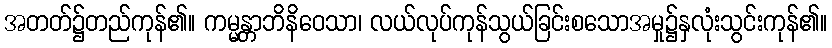
အတတ်၌တည်ကုန်၏။ ကမ္မန္တာဘိနိဝေသာ၊ လယ်လုပ်ကုန်သွယ်ခြင်းစသောအမှု၌နှလုံးသွင်းကုန်၏။